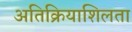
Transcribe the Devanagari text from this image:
अतिक्रियाशिलता